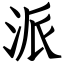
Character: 派